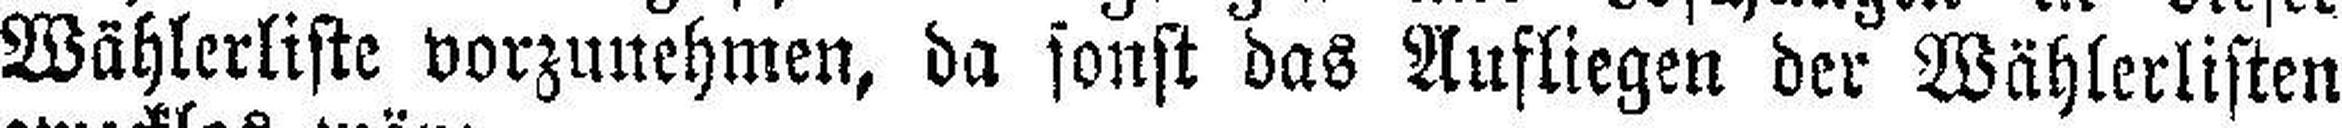
Wählerliste vorzunehmen, da sonst das Aufliegen der Wählerlisten